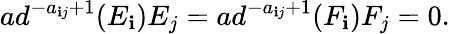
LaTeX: ad^{-a_{\mathbf{i}j}+1}(E_{\mathbf{i}})E_{j}=ad^{-a_{\mathbf{i}j}+1}(F_{\mathbf{i}})F_{j}=0.